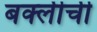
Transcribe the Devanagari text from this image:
बर्क्लीची